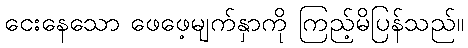
ငေးနေသော ဖေဖေ့မျက်နှာကို ကြည့်မိပြန်သည်။